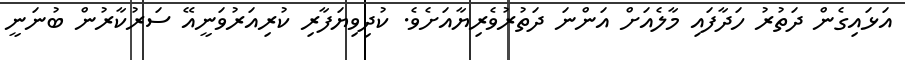
އަޅައިގެން ދަތުރު ހަދާފައި މާލެއަށް އަންނަ ދަތުރުވެރިޔާއަށެވެ. ކުދިވިޔަފާރި ކުރިއަރުވަނީއޭ ސަރުކާރުން ބުނަނީ